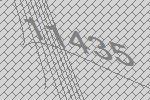
11435